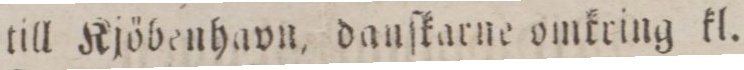
till Kjöbenhavn, danſkarne omkring kl.